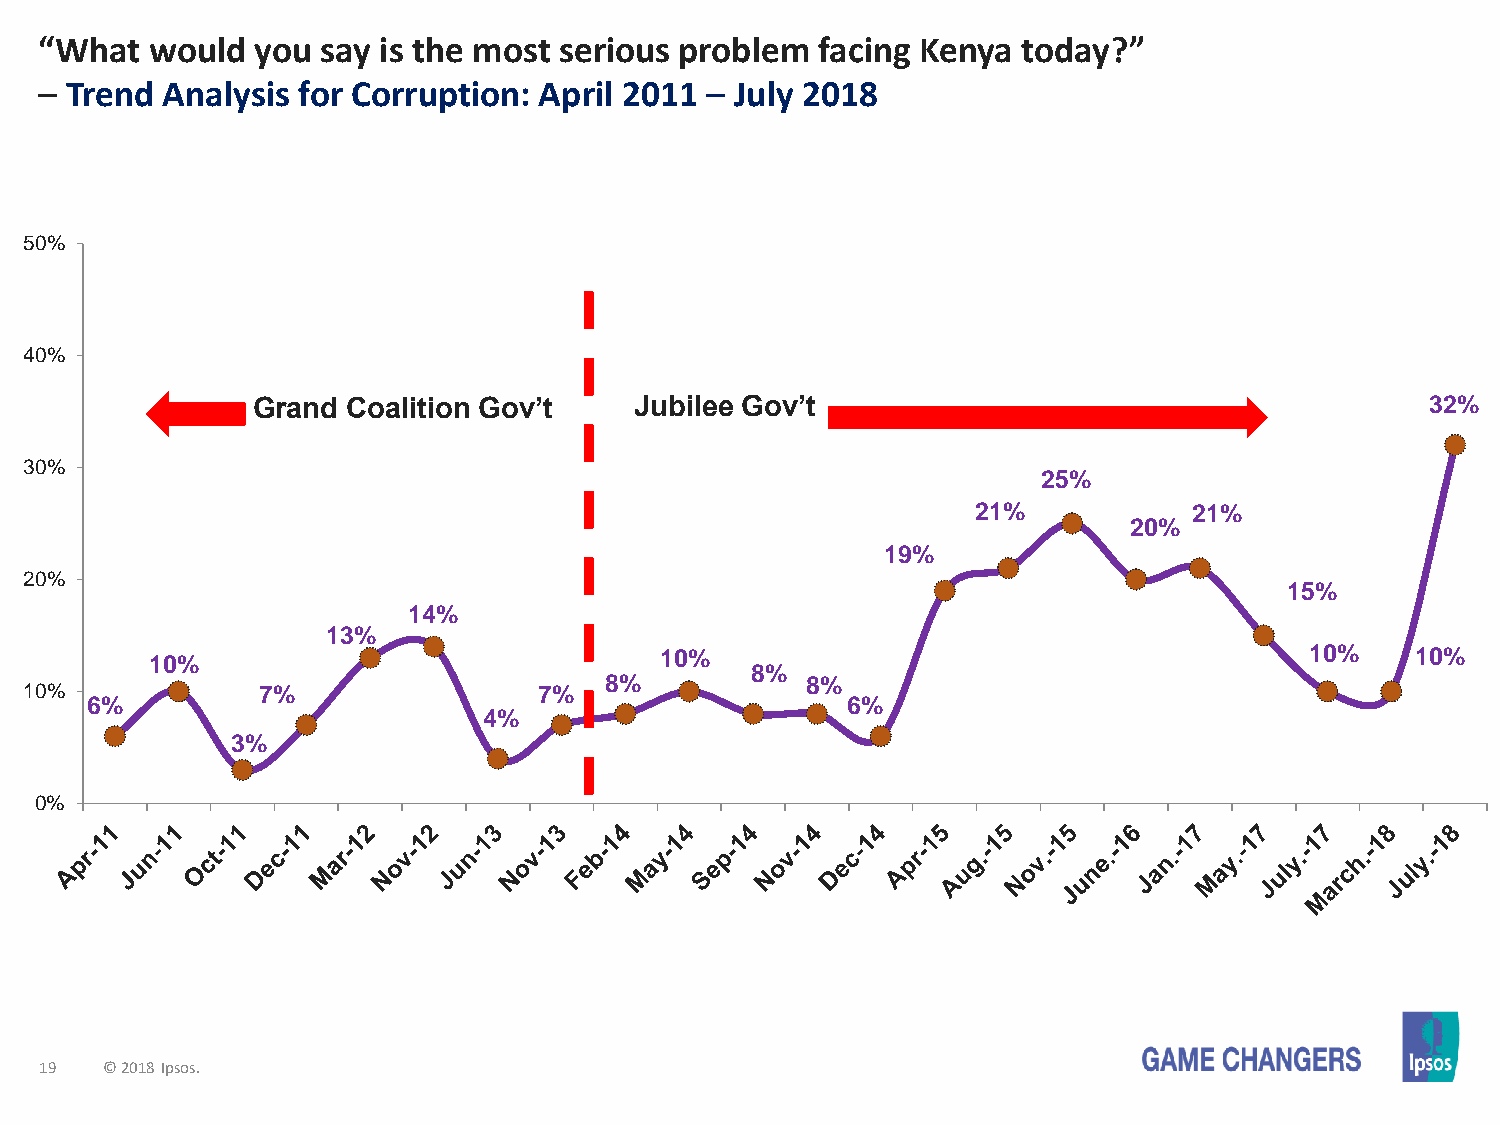
“What  would  you say is the most serious problem  facing Kenya  today?”
 – Trend Analysis for Corruption: April 2011 – July 2018
 50%
 40%
 Grand Coalition Gov’t    Jubilee Gov’t                                        32%
 30%
 25%
 21%           21%
 20%
 19%
 20%
 15%
 14%
 13%
 10%                               10%                                        10%    10%
 8%
 8%           8%
 10%            7%                 7%
 6%                                                6%
 4%
 3%
 0%
 19  © 2018 Ipsos.